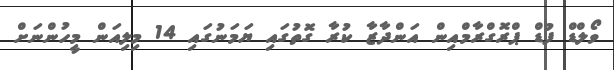
ވޯލްޑް ފުޑް ޕްރޮގްރާމްއިން އަންދާޒާ ކުރާ ގޮތުގައި ޔަމަނުގައި 14 މިލިއަން މީހުންނަށް